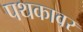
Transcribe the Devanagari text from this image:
पथकावर